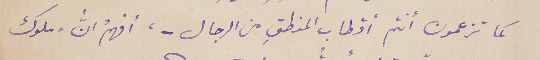
كما تزعمون أنتم أقطاب المنطقِ من الرجال - ، أفهمُ انﱣ "ملوك